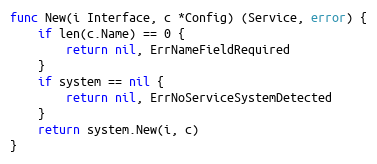
Language: Go
func New(i Interface, c *Config) (Service, error) {
	if len(c.Name) == 0 {
		return nil, ErrNameFieldRequired
	}
	if system == nil {
		return nil, ErrNoServiceSystemDetected
	}
	return system.New(i, c)
}